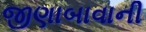
જીણાબાવાની